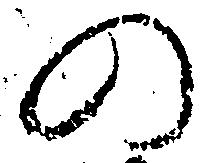
の